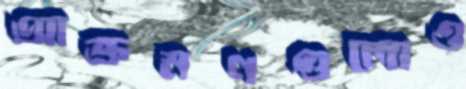
আক্রমণগুলোও